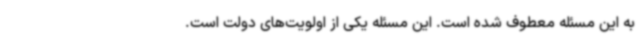
به این مسئله معطوف شده‌ است. این مسئله یکی از اولویت‌های دولت است.